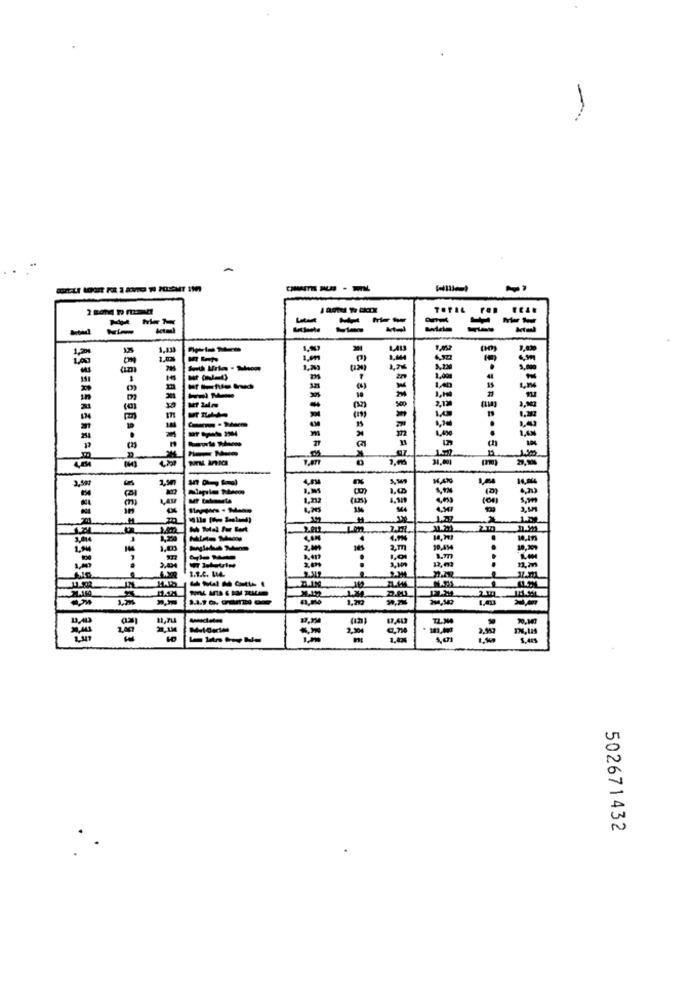
A
---
-
= ==
---
-
-
1300
K,A
1,00
-
(LES)
5.
2.212
2.m
1.7
...
1.1.2. UML
3,10
BIN
2.30
2.987
1.0
502671432